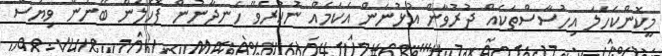
މީކޮންކަހަލަ އިހުސާސްތަކެއް ދުރުވާން އުޅުނަން އެކަމެއް ނުކުރެވޭ ހަނދާނުން ފޮހެލަން ބޭނުން ވިޔަސް